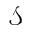
\mathcal { S }